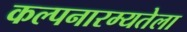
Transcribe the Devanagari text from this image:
कल्पनारम्यतेला